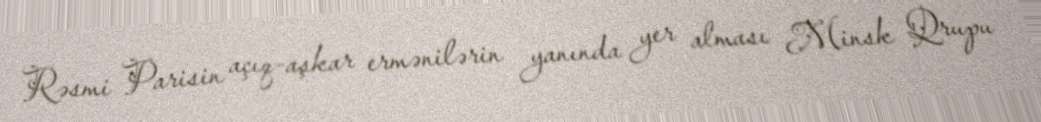
Rəsmi Parisin açıq-aşkar ermənilərin yanında yer alması Minsk Qrupu